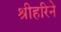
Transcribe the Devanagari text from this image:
श्रीहरिने